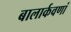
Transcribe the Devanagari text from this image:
बालार्कवणां